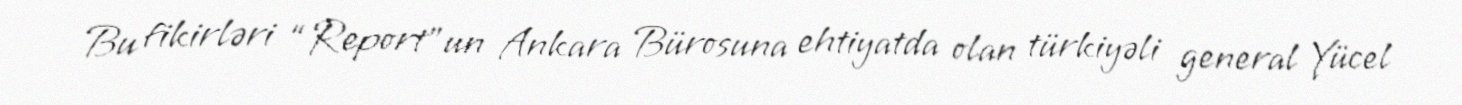
Bu fikirləri “Report”un Ankara Bürosuna ehtiyatda olan türkiyəli general Yücel